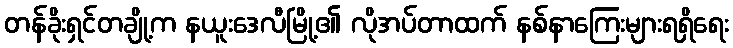
တန်ခိုးရှင်တချို့က နယူးဒေလီမြို့၏ လိုအပ်တာထက် နစ်နာကြေးများရရှိရေး